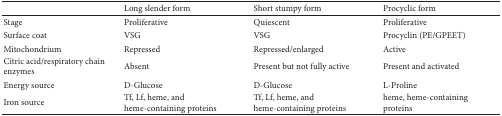
<table><thead><tr><td><b> </b></td><td><b>Long slender form</b></td><td><b>Short stumpy form</b></td><td><b>Procyclic form</b></td></tr></thead><tbody><tr><td>Stage</td><td>Proliferative</td><td>Quiescent</td><td>Proliferative</td></tr><tr><td>Surface coat</td><td>VSG</td><td>VSG</td><td>Procyclin (PE/GPEET)</td></tr><tr><td>Mitochondrium</td><td>Repressed</td><td>Repressed/enlarged</td><td>Active</td></tr><tr><td>Citric acid/respiratory chain enzymes</td><td>Absent</td><td>Present but not fully active</td><td>Present and activated</td></tr><tr><td>Energy source</td><td>D-Glucose</td><td>D-Glucose</td><td>L-Proline</td></tr><tr><td>Iron source</td><td>Tf, Lf, heme, and heme-containing proteins</td><td>Tf, Lf, heme, and heme-containing proteins</td><td>heme, heme-containing proteins</td></tr></tbody></table>